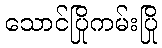
သောင်ပြိုကမ်းပြို